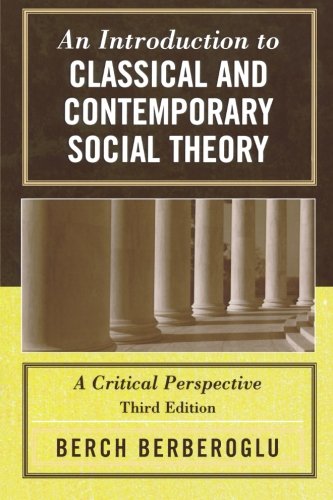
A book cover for An Introduction to Classical and Contemporary Social Theory: A Critical Perspective; Berch Berberoglu; Politics & Social Sciences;